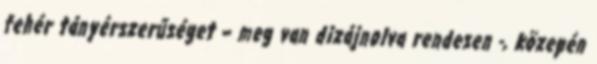
fehér tányérszerűséget – meg van dizájnolva rendesen -, közepén